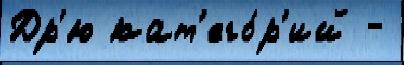
Др'ю кат'его́р'ий -